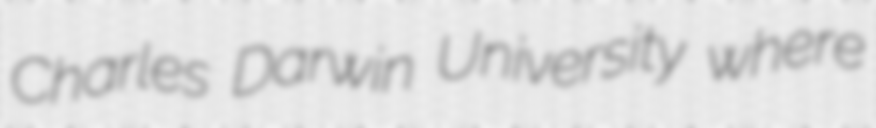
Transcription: Charles Darwin University where